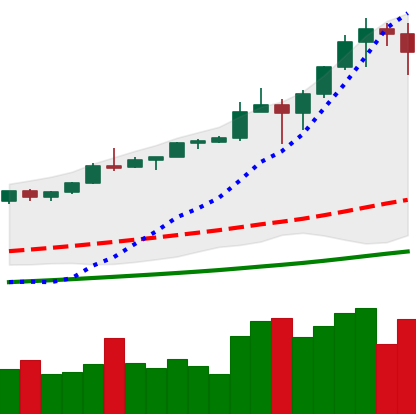
Ticker: BTC-USD
Chart end date: 2021-01-10
Forward return: -3.992%
Label: down_3_5